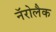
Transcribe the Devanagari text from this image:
नॅरोलैक